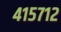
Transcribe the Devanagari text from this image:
४१५७१२